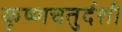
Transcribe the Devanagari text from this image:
कृष्णचतुर्दशी